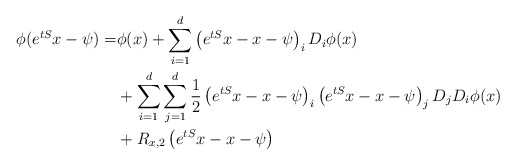
\begin{align*} \phi(e^{tS}x-\psi) =& \phi(x) + \sum_{i=1}^{d}\left(e^{tS}x-x-\psi\right)_i D_i\phi(x) \\ & +\sum_{i=1}^{d}\sum_{j=1}^{d}\frac{1}{2}\left(e^{tS}x-x-\psi\right)_i\left(e^{tS}x-x-\psi\right)_j D_jD_i\phi(x) \\ & +R_{x,2}\left(e^{tS}x-x-\psi\right) \end{align*}